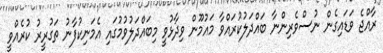
ރާއްޖެ ވަޑައިގެން ނުސްވެރިންނާ ބައްދަލުކުރައްވާ މައުމޫން ވިދާޅުވީ މިބައްދަލުވުމުގައި އެމަނިކުފާނު ތަގުރީރު ކުރެއްވީ